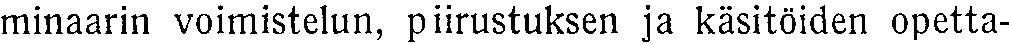
minaarin voimistelun, piirustuksen ja käsitöiden opetta-